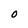
Character: O